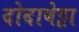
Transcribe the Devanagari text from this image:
दोदाबेट्टा